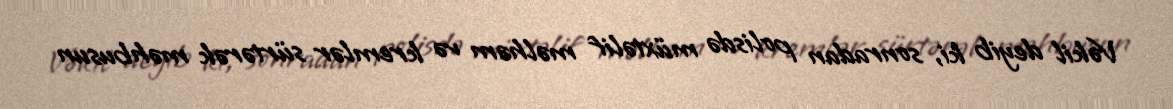
Vəkil deyib ki, sonradan polisdə müxtəlif məlhəm və kremlər sürtərək məhbusun